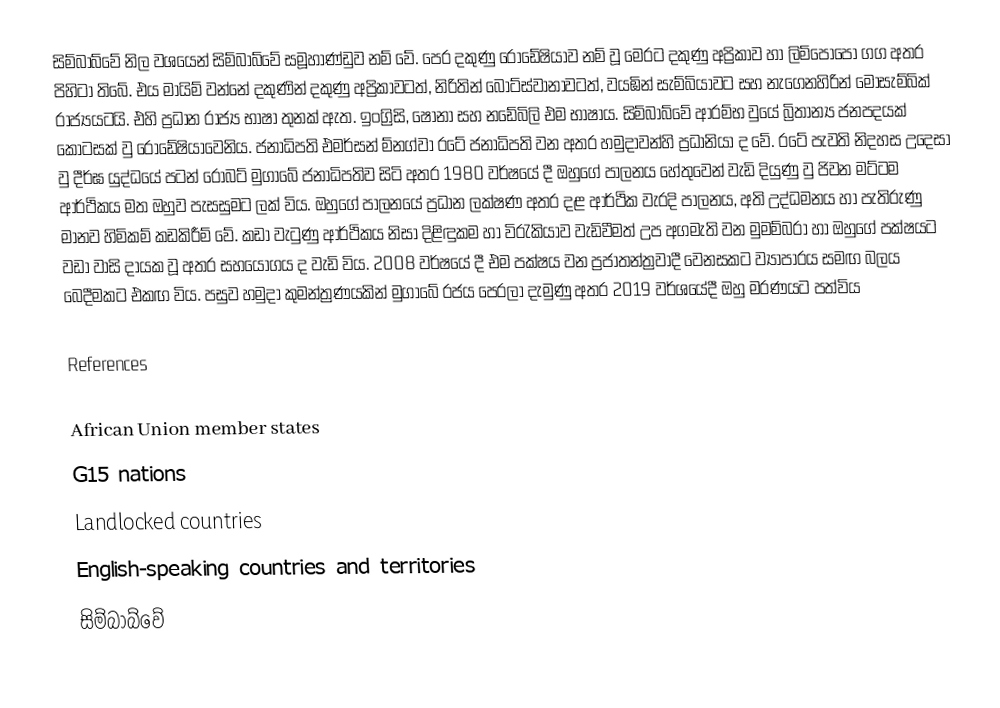
සිම්බාබ්වේ නිල වශයෙන් සිම්බාබ්වේ සමූහාණ්ඩුව නම් වේ. පෙර දකුණු රොඩේෂියාව නම් වූ මෙරට දකුණු අප්‍රිකාව හා ලිම්පෝපෝ ගග අතර පිහිටා තිබේ. එය මායිම් වන්නේ දකුණින් දකුණු අප්‍රිකාවටත්, නිරිතින් බොට්ස්වානාවටත්, වයඹින් සැම්බියාවට සහ නැගෙනහිරින් මොසැම්බික් රාජ්‍යයටයි. එහි ප්‍රධාන රාජ්‍ය භාෂා තුනක් ඇත. ඉංග්‍රිසි, ෂෝනා සහ නඩේබිලි එම භාෂාය. සිම්බාබ්වේ ආරම්භ වුයේ බ්‍රිතාන්‍ය ජනපදයක් කොටසක් වු රොඩේෂියාවෙනිය. ජනාධිපති එමර්සන් ම්නග්වා රටේ ජනාධිපති වන අතර හමුදාවන්හි ප්‍රධානියා ද වේ. රටේ පැවති නිදහස උදෙසා වු දීර්ඝ යුද්ධයේ පටන් රොබට් මුගාබේ ජනාධිපතිව සිටි අතර 1980 වර්ෂයේ දී ඔහුගේ පාලනය හේතුවෙන් වැඩි දියුණු වු ජිවන මට්ටම ආර්ථිකය මත ඔහුව පැසසුමට ලක් විය. ඔහුගේ පාලනයේ ප්‍රධාන ලක්ෂණ අතර දළ ආර්ථික වැරදි පාලනය, අති උද්ධමනය හා පැතිරුණු මානව හිමිකම් කඩකිරීම් වේ. කඩා වැටුණු ආර්ථිකය නිසා දිළිඳුකම හා විරැකියාව වැඩිවීමත් උප අගමැති වන මුමම්බරා හා ඔහුගේ පක්ෂයට වඩා වාසි දායක වූ අතර සහයෝගය ද වැඩි විය. 2008 වර්ෂයේ දී එම පක්ෂය වන ප්‍රජාතන්ත්‍රවාදී වෙනසකට ව්‍යාපාරය සමඟ බලය බෙදීමකට එකඟ විය. පසුව හමුදා කුමන්ත්‍රණයකින් මුගාබේ රජය පෙරලා දැමුණු අතර 2019 වර්ශයේදී ඔහු මරණයට පත්විය

References

African Union member states
G15 nations
Landlocked countries
English-speaking countries and territories
සිම්බාබ්වේ